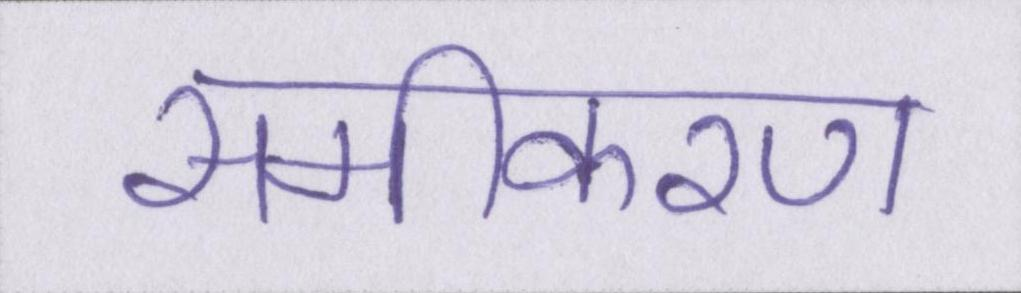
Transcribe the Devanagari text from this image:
समीकरण